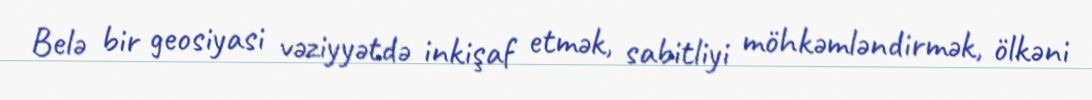
Belə bir geosiyasi vəziyyətdə inkişaf etmək, sabitliyi möhkəmləndirmək, ölkəni